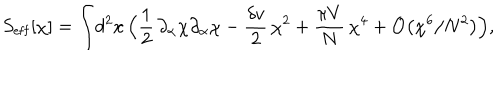
LaTeX: S _ { \mathrm { e f f } } [ \chi ] = \int \! d ^ { 2 } x \, \Bigl ( { \frac { 1 } { 2 } } \, \partial _ { \alpha } \chi \partial _ { \alpha } \chi - { \frac { \delta v } { 2 } } \, \chi ^ { 2 } + { \frac { \pi V } { N } } \, \chi ^ { 4 } + { \cal O } \bigl ( \chi ^ { 6 } / N ^ { 2 } \bigr ) \Bigr ) ,